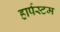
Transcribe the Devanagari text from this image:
हार्पस्टम